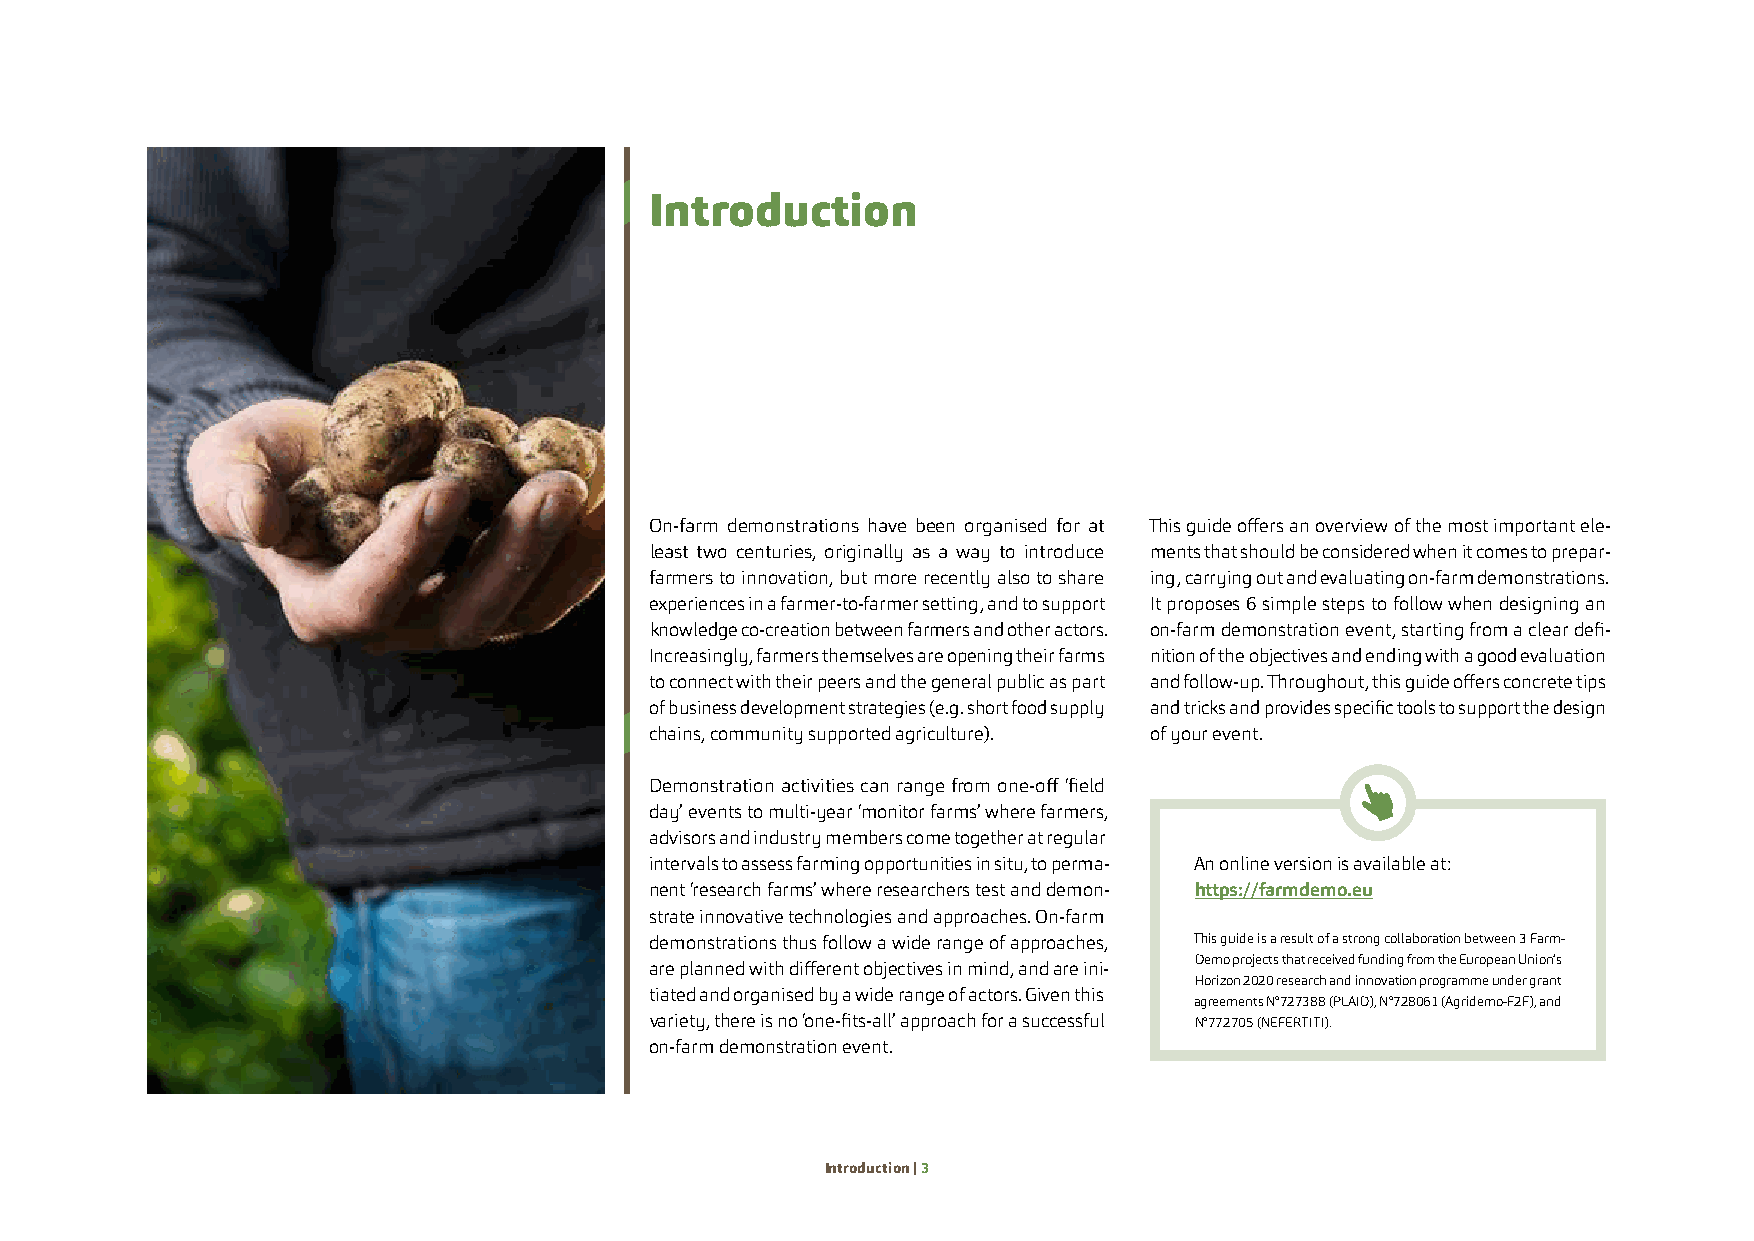
Introduction
 On-farm demonstrations have been organised for at This guide offers an overview of the most important ele-
 least two centuries, originally as a way to introduce ments that should be considered when it comes to prepar-
 farmers to innovation, but more recently also to share ing, carrying out and evaluating on-farm demonstrations.
 experiences in a farmer-to-farmer setting, and to support It proposes 6 simple steps to follow when designing an
 knowledge co-creation between farmers and other actors. on-farm demonstration event, starting from a clear defi-
 Increasingly, farmers themselves are opening their farms nition of the objectives and ending with a good evaluation
 to connect with their peers and the general public as part and follow-up. Throughout, this guide offers concrete tips
 of business development strategies (e.g. short food supply and tricks and provides specific tools to support the design
 chains, community supported agriculture). of your event.
 Demonstration activities can range from one-off ‘field
 day’ events to multi-year ‘monitor farms’ where farmers,
 advisors and industry members come together at regular
 intervals to assess farming opportunities in situ, to perma- An online version is available at:
 nent ‘research farms’ where researchers test and demon- https://farmdemo.eu
 strate innovative technologies and approaches. On-farm
 demonstrations thus follow a wide range of approaches, This guide is a result of a strong collaboration between 3 Farm-
 Demo projects that received funding from the European Union’s
 are planned with different objectives in mind, and are ini-
 Horizon 2020 research and innovation programme under grant
 tiated and organised by a wide range of actors. Given this
 agreements N°727388 (PLAID), N°728061 (Agridemo-F2F), and
 variety, there is no ‘one-fits-all’ approach for a successful N°772705 (NEFERTITI).
 on-farm demonstration event.
 Introduction | 3